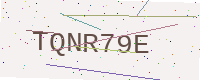
Text: TQNR79E